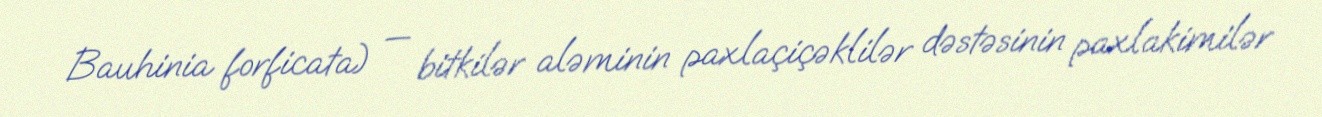
Bauhinia forficata) — bitkilər aləminin paxlaçiçəklilər dəstəsinin paxlakimilər